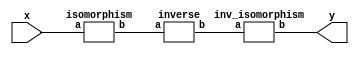
`timescale 1ns/100ps
module SMSS32_62_nn_5_6(x,y);
	 input [5:0] x;
	 output [5:0] y;
	 wire [5:0] w;
	 wire [5:0] p;
	 isomorphism C2 (x,w);
	 inverse C3 (w,p);
	 inv_isomorphism C4 (p,y);
endmodule

module add_base(a,b,c);
	 input [2:0] a;
	 input [2:0] b;
	 output [2:0] c;
	 assign c[0]=a[0]^b[0];
	 assign c[1]=a[1]^b[1];
	 assign c[2]=a[2]^b[2];
endmodule

module multiplication_base(a,b,c);
	 input [2:0] a;
	 input [2:0] b;
	 wire [2:0] t;
	 output [2:0] c;
	 assign t[0]=(a[0]&b[1])^(a[1]&b[0]);
	 assign t[1]=(a[1]&b[2])^(a[2]&b[1]);
	 assign t[2]=(a[0]&b[2])^(a[2]&b[0]);
	 assign c[0]=(a[2]&b[2])^t[0]^t[1];
	 assign c[1]=(a[0]&b[0])^t[1]^t[2];
	 assign c[2]=(a[1]&b[1])^t[2]^t[0];
endmodule

module square_base(a,b);
	 input [2:0] a;
	 output[2:0] b;
	 assign b[0]=a[2];
	 assign b[1]=a[0];
	 assign b[2]=a[1];
endmodule

module six_base(a,b);
	 input [2:0] a;
	 output[2:0] b;
	 assign b[0]=a[0]^(~a[1]&a[2]);
	 assign b[1]=a[1]^(~a[2]&a[0]);
	 assign b[2]=a[2]^(~a[0]&a[1]);
endmodule

module inverse(a,b);
	 input [5:0] a;
	 output [5:0] b;
	 wire [2:0] x_0;
	 wire [2:0] x_1;
	 wire [2:0] x_2;
	 wire [2:0] x_3;
	 wire [2:0] x_4;
	 wire [2:0] x_5;
	 wire [2:0] x_6;
	 wire [2:0] x_7;
	 wire [2:0] y_0;
	 wire [2:0] y_1;
	 assign x_0[0]=a[0];
	 assign x_0[1]=a[1];
	 assign x_0[2]=a[2];
	 assign x_1[0]=a[3];
	 assign x_1[1]=a[4];
	 assign x_1[2]=a[5];
	 add_base A1 (x_0,x_1,x_2);
	 square_base A2 (x_1,x_3);
	 multiplication_base A3 (x_0,x_2,x_4);
	 add_base A4 (x_3,x_4,x_5);
	 six_base A5 (x_5,x_6);
	 multiplication_base A6 (x_1,x_6,y_0);
	 multiplication_base A7 (x_0,x_6,y_1);
	 assign b[0]=y_0[0];
	 assign b[1]=y_0[1];
	 assign b[2]=y_0[2];
	 assign b[3]=y_1[0];
	 assign b[4]=y_1[1];
	 assign b[5]=y_1[2];
endmodule

module inv_isomorphism(a,b);
	 input [5:0] a;
	 output [5:0] b;
	 assign b[0]=a[1]^a[2]^a[3]^a[4]^a[5];
	 assign b[1]=a[1]^a[3]^a[4]^a[5];
	 assign b[2]=a[1]^a[5];
	 assign b[3]=a[0]^a[1]^a[2]^a[3]^a[4]^a[5];
	 assign b[4]=a[4]^a[5];
	 assign b[5]=a[1]^a[2]^a[3]^a[5];
endmodule

module isomorphism(a,b);
	 input [5:0] a;
	 output [5:0] b;
	 assign b[0]=a[0]^a[3];
	 assign b[1]=a[0]^a[2]^a[4]^a[5];
	 assign b[2]=a[0]^a[1];
	 assign b[3]=a[0]^a[1]^a[2]^a[5];
	 assign b[4]=a[0]^a[5];
	 assign b[5]=a[0]^a[4]^a[5];
endmodule